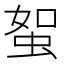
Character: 𧊟